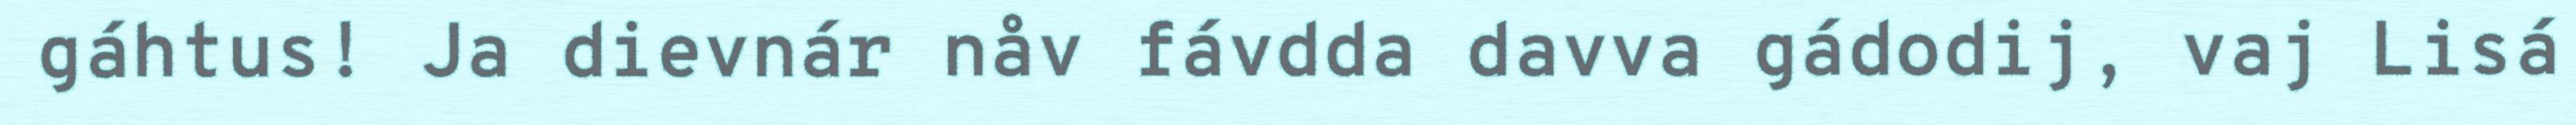
gáhtus! Ja dievnár nåv fávdda davva gádodij, vaj Lisá